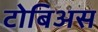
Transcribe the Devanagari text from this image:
टोबिअस